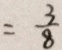
= \frac { 3 } { 8 }